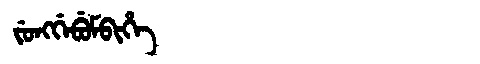
Manchu: ᠵᡠᠩᡤᡝᠪᡠᠮᠪᡳᡥᡝ
Romanization: JUNGGEBUMBIHE